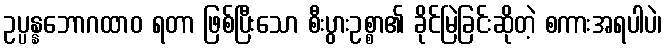
ဥပ္ပန္နဘောဂထာဝ ရတာ ဖြစ်ပြီးသော စီးပွားဥစ္စာ၏ ခိုင်မြဲခြင်းဆိုတဲ့ စကားအရပါပဲ၊